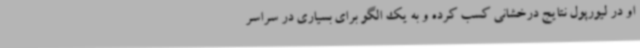
او در لیورپول نتایج درخشانی کسب کرده و به یک الگو برای بسیاری در سراسر